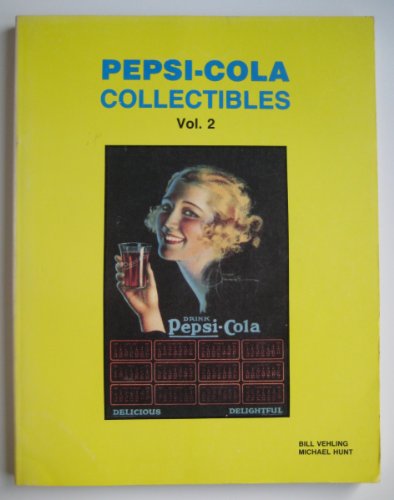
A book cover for Pepsi Cola Collectibles; Bill Vehling; Crafts, Hobbies & Home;